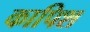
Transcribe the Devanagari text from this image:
कापिश